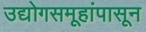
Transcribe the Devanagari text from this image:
उद्योगसमूहांपासून